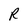
Character: R